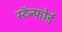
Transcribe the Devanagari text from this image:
स्टॅन्फोर्ड